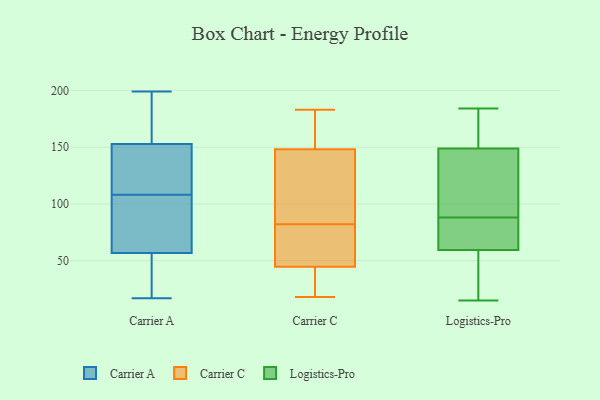
{"axis": {"x": "Market Share (%)", "y": "Value"}, "legend": ["Carrier A", "Carrier C", "Logistics-Pro"], "data": [{"x": "", "y": 49, "type": "Carrier A"}, {"x": "", "y": 114, "type": "Carrier A"}, {"x": "", "y": 199, "type": "Carrier A"}, {"x": "", "y": 88, "type": "Carrier A"}, {"x": "", "y": 44, "type": "Carrier A"}, {"x": "", "y": 125, "type": "Carrier A"}, {"x": "", "y": 155, "type": "Carrier A"}, {"x": "", "y": 175, "type": "Carrier A"}, {"x": "", "y": 17, "type": "Carrier A"}, {"x": "", "y": 97, "type": "Carrier A"}, {"x": "", "y": 99, "type": "Carrier A"}, {"x": "", "y": 133, "type": "Carrier A"}, {"x": "", "y": 146, "type": "Carrier A"}, {"x": "", "y": 108, "type": "Carrier A"}, {"x": "", "y": 24, "type": "Carrier A"}, {"x": "", "y": 189, "type": "Carrier A"}, {"x": "", "y": 167, "type": "Carrier A"}, {"x": "", "y": 55, "type": "Carrier A"}, {"x": "", "y": 62, "type": "Carrier A"}, {"x": "", "y": 64, "type": "Carrier C"}, {"x": "", "y": 45, "type": "Carrier C"}, {"x": "", "y": 18, "type": "Carrier C"}, {"x": "", "y": 84, "type": "Carrier C"}, {"x": "", "y": 173, "type": "Carrier C"}, {"x": "", "y": 98, "type": "Carrier C"}, {"x": "", "y": 175, "type": "Carrier C"}, {"x": "", "y": 183, "type": "Carrier C"}, {"x": "", "y": 44, "type": "Carrier C"}, {"x": "", "y": 140, "type": "Carrier C"}, {"x": "", "y": 82, "type": "Carrier C"}, {"x": "", "y": 42, "type": "Carrier C"}, {"x": "", "y": 53, "type": "Carrier C"}, {"x": "", "y": 154, "type": "Logistics-Pro"}, {"x": "", "y": 31, "type": "Logistics-Pro"}, {"x": "", "y": 70, "type": "Logistics-Pro"}, {"x": "", "y": 79, "type": "Logistics-Pro"}, {"x": "", "y": 97, "type": "Logistics-Pro"}, {"x": "", "y": 133, "type": "Logistics-Pro"}, {"x": "", "y": 170, "type": "Logistics-Pro"}, {"x": "", "y": 15, "type": "Logistics-Pro"}, {"x": "", "y": 184, "type": "Logistics-Pro"}, {"x": "", "y": 70, "type": "Logistics-Pro"}, {"x": "", "y": 82, "type": "Logistics-Pro"}, {"x": "", "y": 55, "type": "Logistics-Pro"}, {"x": "", "y": 56, "type": "Logistics-Pro"}, {"x": "", "y": 88, "type": "Logistics-Pro"}, {"x": "", "y": 126, "type": "Logistics-Pro"}, {"x": "", "y": 39, "type": "Logistics-Pro"}, {"x": "", "y": 112, "type": "Logistics-Pro"}, {"x": "", "y": 154, "type": "Logistics-Pro"}, {"x": "", "y": 179, "type": "Logistics-Pro"}]}